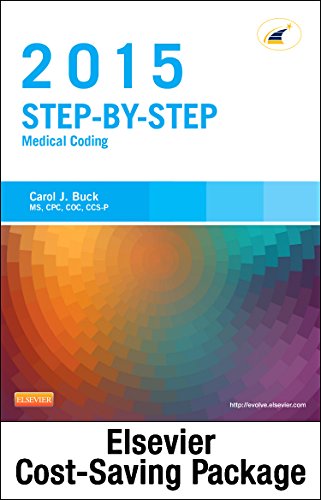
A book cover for Step-by-Step Medical Coding 2015 Edition - Text, Workbook, 2015 ICD-9-CM for Hospitals, Volumes 1, 2, & 3 Professional Edition, 2015 HCPCS ... AMA 2015 CPT Professional Edition Package, 1e; Carol J. Buck MS  CPC  CCS-P; Business & Money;